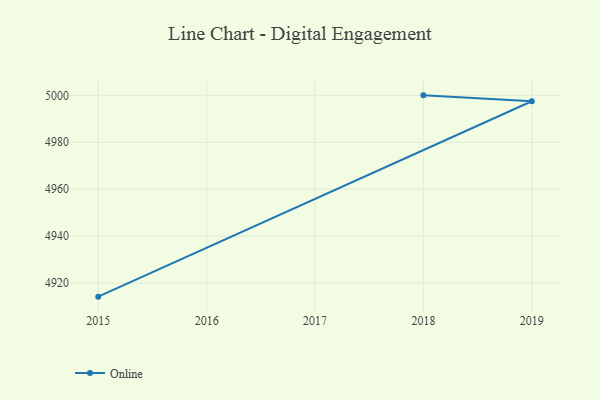
{"axis": {"x": "Year", "y": "Page Views"}, "legend": ["Online"], "data": [{"x": "2015", "y": 4914.2, "type": "Online"}, {"x": "2019", "y": 4997.5, "type": "Online"}, {"x": "2018", "y": 5000, "type": "Online"}]}